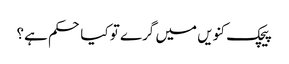
پیچک کنویں میں گرے تو کیا حکم ہے؟